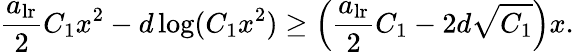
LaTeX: \frac{a_{\mathrm{lr}}}{2}C_{1}x^{2}-d\log(C_{1}x^{2})\geq\left(\frac{a_{\mathrm{lr}}}{2}C_{1}-2d\sqrt{C_{1}}\right)x.